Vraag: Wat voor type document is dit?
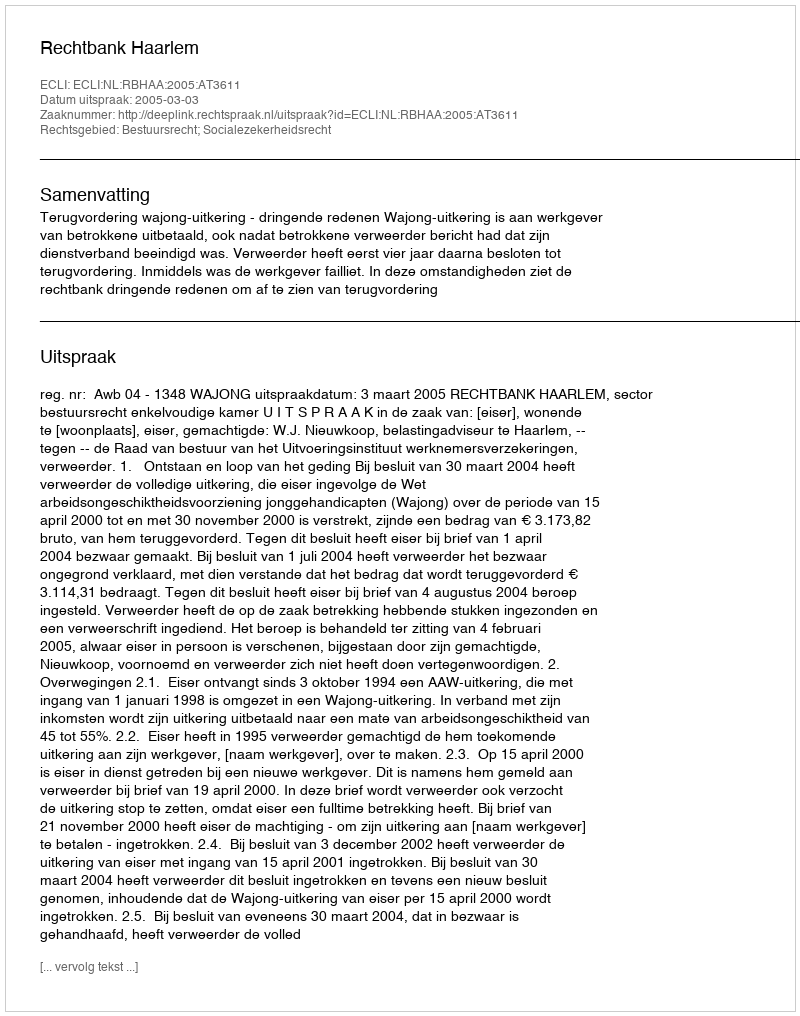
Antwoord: Uitspraak